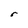
Character: r